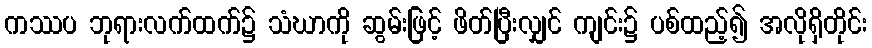
ကဿပ ဘုရားလက်ထက်၌ သံဃာကို ဆွမ်းဖြင့် ဖိတ်ပြီးလျှင် ကျင်း၌ ပစ်ထည့်၍ အလိုရှိတိုင်း